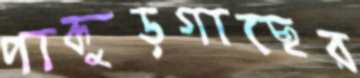
পাকুড়গাছের